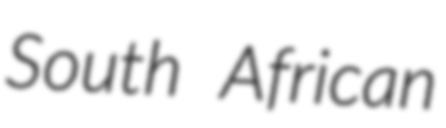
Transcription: South African